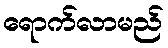
ရောက်လာမည်